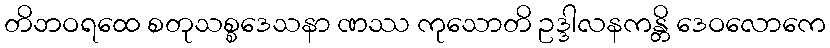
တိဘဝရထေ စတုသစ္စဒေသနာ ဏဿ ကုသောတိ ဥဒ္ဒါလနကန္တိ ဒေဝလောကေ